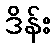
ဒိန်း